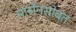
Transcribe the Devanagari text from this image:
मार्सेनसोबत